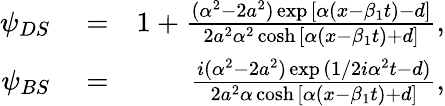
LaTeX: \begin{array}{rlr}{\psi_{DS}}&{{}=}&{1+\frac{(\alpha^{2}-2a^{2})\exp{[\alpha(x-\beta_{1}t)-d]}}{2a^{2}\alpha^{2}\cosh{[\alpha(x-\beta_{1}t)+d]}},}\\ {\psi_{BS}}&{{}=}&{\frac{i(\alpha^{2}-2a^{2})\exp{(1/2i\alpha^{2}t-d)}}{2a^{2}\alpha\cosh{[\alpha(x-\beta_{1}t)+d]}},}\end{array}